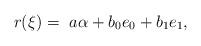
LaTeX: \begin{align*}r(\xi) = \ a\alpha + b_0e_0 + b_1e_1,\end{align*}